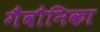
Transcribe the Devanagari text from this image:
गैवौनिका